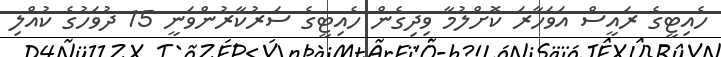
ހެއިޓީގެ ރައީސް އަވަހާރަ ކޮށްލުމާ ވިދިގެން ހެއިޓީގެ ސަރުކާރުންވަނީ 15 ދުވަހުގެ ކުއްލި